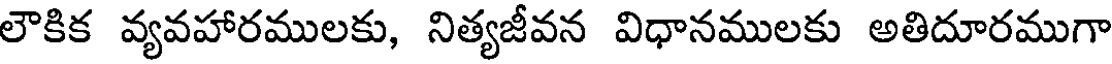
లౌకిక వ్యవహారములకు, నిత్యజీవన విధానములకు అతిదూరముగా